Report of the Bombay Plague Committee
Disease focus: Plague
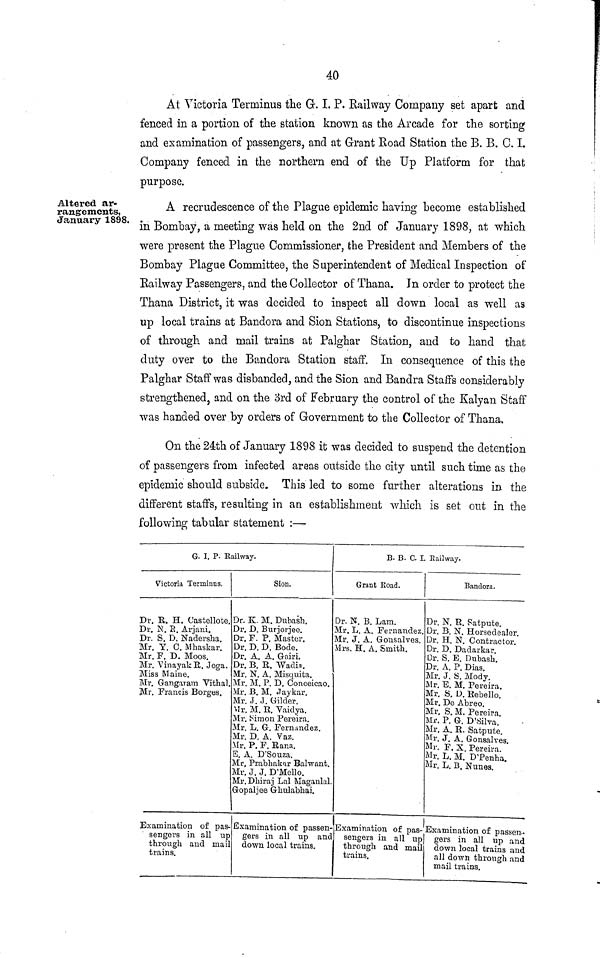
40
At Victoria Terminus the Gr. I. P. Railway Company set apart and
fenced in a portion of the station known as the Arcade for the sorting
and examination of passengers, and at Grant Road Station the B. B. C. I.
Company fenced in the northern end of the Up Platform for that
purpose.
Altered ar-
rangements,
January 1898,
A recrudescence of the Plague epidemic having become established
in Bombay, a meeting was held on the 2nd of January 1898, at which
were present the Plague Commissioner, the President and Members of the
Bombay Plague Committee, the Superintendent of Medical Inspection of
Railway Passengers, and the Collector of Thana. In order to protect the
Thana District, it was decided to inspect all down local as well as
up local trains at Bandora and Sion Stations, to discontinue inspections
of through and mail trains at Palghar Station, and to hand that
duty over to the Bandora Station staff. In consequence of this the
Palghar Staff was disbanded, and the Sion and Bandra Staffs considerably
strengthened, and on the 3rd of February the control of the Kalyan Staff
was handed over by orders of Government to the Collector of Thana.
On the 24th of January 1898 it was decided to suspend the detention
of passengers from infected areas outside the city until such time as the
epidemic should subside. This led to some further alterations in the
different staffs, resulting in an establishment which is set out in the
following tabular statement :—
G. I. P. Railway.
Victoria Terminus.
Dr. R. H. Castellote.
Dr. N. R. Arjani.
Dr. S. D. Nadersha.
Mr. Y. C. Mhaskar.
Mr. F. D. Moos.
Mr. Vinayak R. Joga.
Miss Maine.
Mr. Gangaram Vithal.
Mr. Francis Borges.
Examination of pas-
sengers in all up
through and mail
trains.
Sion.
Dr. K. M. Dubash.
Dr. D. Burjorjee.
Dr. F. P. Master.
Dr. D. D. Bode.
Dr. A. A. Gairi.
Dr. B. R. Wadia.
Mr. N. A. Misquita.
Mr. M. P. D. Conceicao.
Mr. B. M. Jaykar.
Mr. J. J. Gilder.
Mr. M. R. Vaidya.
Mr. Simon Pereira.
Mr. L. G. Fernandez.
Mr. D. A. Vaz.
Mr. P. F. Rana.
E. A. D'Souza.
Mr. Prabhakar Balwant.
Mr. J. J. D'Mello.
Mr.Dhiraj Lal Maganlal
Gopaljee Ghulabhai.
Examination of passen-
gers in all up and
down local trains.
B. B. C. I. Railway.
Grant Road.
Dr. N. B. Lam.
Mr. L. A. Fernandez.
Mr. J. A. Gonsalves.
Mrs. H. A. Smith.
Examination of pas-
sengers in all up
through and mail
trains.
Bandora.
Dr. N. R. Satpute.
Dr. B. N. Horsedealer.
Dr. H. N. Contractor.
Dr. D. Dadarkar.
Dr. S. E. Dubash.
Dr. A. P. Dias.
Mr. J. S. Mody.
Mr. E. M. Pereira.
Mr. S. D. Rebello.
Mr. De Abreo.
Mr. S. M. Pereira
Mr. P. G. D'Silva.'
Mr. A. R. Satpute.
Mr. J. A. Gonsalves
Mr. F. X. Pereira. '
Mr. L. M. D'Penha
Mr. L. B. Nunes.
Examination of passen-
gers in all up and
down local trains and
all down through and
mail trains.